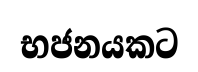
භජනයකට